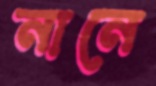
নানে